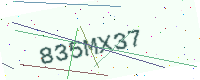
Text: 835MX37